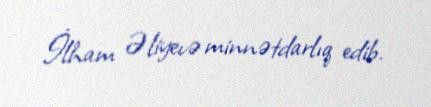
İlham Əliyevə minnətdarlıq edib.